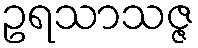
ဥရသာသဇ္ဇ